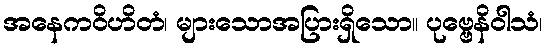
အနေကဝိဟိတံ၊ များသောအပြားရှိသော။ ပုဗ္ဗေနိဝါသံ၊